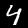
Label: 4